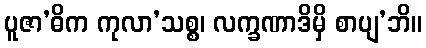
ပူဇာ’ဓိက ကုလာ’သစ္စ၊ လက္ခဏာဒိမှိ စာပျ’ဘိ။